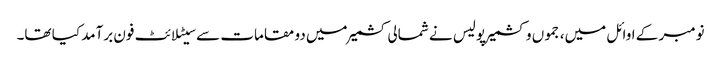
نومبر کے اوائل میں، جموں و کشمیر پولیس نے شمالی کشمیر میں دو مقامات سے سیٹلائٹ فون برآمد کیا تھا۔